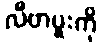
လီဗာပူးကို